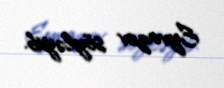
Eyvazov söyləyib.